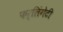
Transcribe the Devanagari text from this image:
फर्लिंगेटी